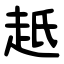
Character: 赿